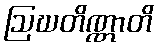
ဩဃတိဏ္ဏာတိ